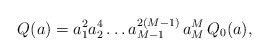
\begin{align*}Q(a)=a_1^2 a_2^4\ldots a_{M-1}^{2(M-1)}\,a_M^M\, Q_0(a),\end{align*}